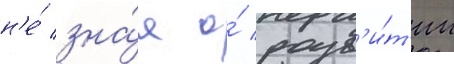
н'е́ зна́я о́ разв'и́т'ии